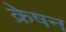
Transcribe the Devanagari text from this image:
क्रेषन